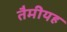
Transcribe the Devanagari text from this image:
तैमीयह